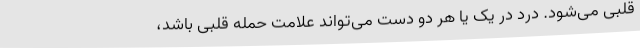
قلبی می‌شود. درد در یک یا هر دو دست می‌تواند علامت حمله قلبی باشد،